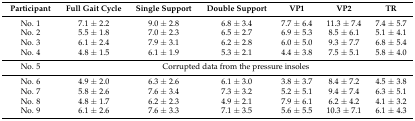
| Participant | Full Gait Cycle | Single Support | Double Support | VP1 | VP2 | TR |
 | --- | --- | --- | --- | --- | --- | --- |
 | No. 1 | 7.1 ± 2.2 | 9.0 ± 2.8 | 6.8 ± 3.4 | 7.7 ± 6.4 | 11.3 ± 7.4 | 7.4 ± 5.7 |
 | No. 2 | 5.5 ± 1.8 | 7.0 ± 2.3 | 6.5 ± 2.7 | 6.9 ± 5.3 | 8.5 ± 6.1 | 5.1 ± 4.1 |
 | No. 3 | 6.1 ± 2.4 | 7.9 ± 3.1 | 6.2 ± 2.8 | 6.0 ± 5.0 | 9.3 ± 7.7 | 6.8 ± 5.4 |
 | No. 4 | 4.8 ± 1.5 | 6.1 ± 1.9 | 5.3 ± 2.1 | 4.4 ± 3.8 | 7.5 ± 5.1 | 5.8 ± 4.0 |
 | No. 5 | <COLSPAN=6> Corrupted data from the pressure insoles |
 | No. 6 | 4.9 ± 2.0 | 6.3 ± 2.6 | 6.1 ± 3.0 | 3.8 ± 3.7 | 8.4 ± 7.2 | 4.5 ± 3.8 |
 | No. 7 | 5.8 ± 2.6 | 7.6 ± 3.4 | 7.3 ± 3.2 | 5.2 ± 5.1 | 9.4 ± 7.4 | 6.3 ± 5.1 |
 | No. 8 | 4.8 ± 1.7 | 6.2 ± 2.3 | 4.9 ± 2.1 | 7.9 ± 6.1 | 6.2 ± 4.2 | 4.1 ± 3.2 |
 | No. 9 | 6.1 ± 2.6 | 7.6 ± 3.3 | 7.1 ± 3.5 | 5.6 ± 5.5 | 10.3 ± 7.1 | 6.1 ± 4.3 |